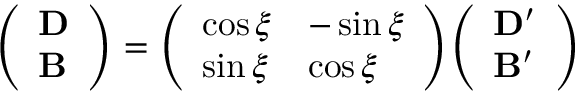
{ \left( \begin{array} { l } { \mathbf { D } } \\ { \mathbf { B } } \end{array} \right) } = { \left( \begin{array} { l l } { \cos \xi } & { - \sin \xi } \\ { \sin \xi } & { \cos \xi } \end{array} \right) } { \left( \begin{array} { l } { \mathbf { D ^ { \prime } } } \\ { \mathbf { B ^ { \prime } } } \end{array} \right) }